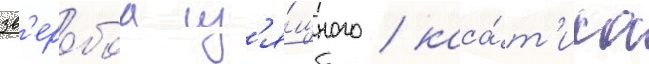
зв'еробоа из'я́щного / каса́т'ика